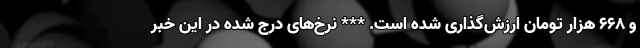
و 668 هزار تومان ارزش‌گذاری شده است. *** نرخ‌های درج شده در این خبر